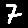
Digit: 7